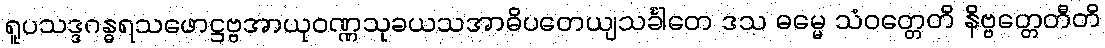
ရူပသဒ္ဒဂန္ဓရသဖောဋ္ဌဗ္ဗအာယုဝဏ္ဏသုခယသအာဓိပတေယျသင်္ခါတေ ဒသ ဓမ္မေ သံဝတ္တေတိ နိဗ္ဗတ္တေတီတိ